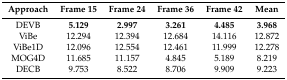
<table><thead><tr><td><b>Approach</b></td><td><b>Frame 15</b></td><td><b>Frame 24</b></td><td><b>Frame 36</b></td><td><b>Frame 42</b></td><td><b>Mean</b></td></tr></thead><tbody><tr><td>DEVB</td><td><b>5.129</b></td><td><b>2.997</b></td><td><b>3.261</b></td><td><b>4.485</b></td><td><b>3.968</b></td></tr><tr><td>ViBe</td><td>12.294</td><td>12.394</td><td>12.684</td><td>14.116</td><td>12.872</td></tr><tr><td>ViBe1D</td><td>12.096</td><td>12.554</td><td>12.461</td><td>11.999</td><td>12.278</td></tr><tr><td>MOG4D</td><td>11.685</td><td>11.157</td><td>4.845</td><td>5.189</td><td>8.219</td></tr><tr><td>DECB</td><td>9.753</td><td>8.522</td><td>8.706</td><td>9.909</td><td>9.223</td></tr></tbody></table>